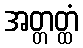
အတ္တတ္ထံ